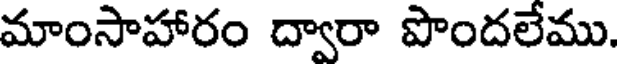
మాంసాహారం ద్వారా పొందలేము.